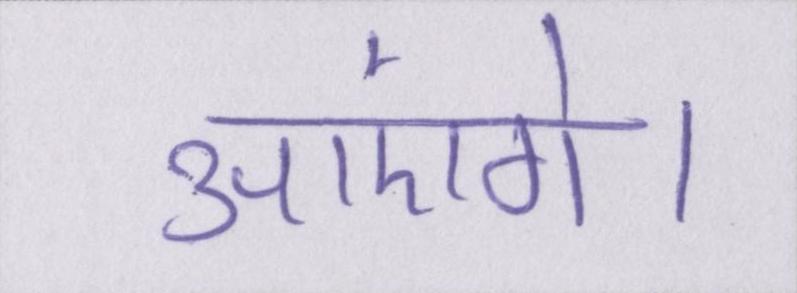
आएंगे।